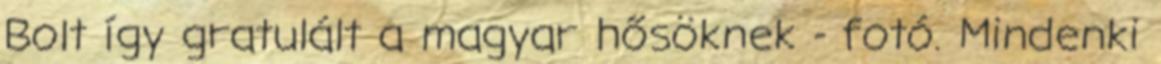
Bolt így gratulált a magyar hősöknek - fotó. Mindenki